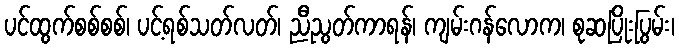
ပင်ထွက်စစ်စစ်၊ ပင့်ရစ်သတ်လတ်၊ ညီညွတ်ကာရန်၊ ကျမ်းဂန်လောက၊ စုဆပြိုးပြွမ်း၊